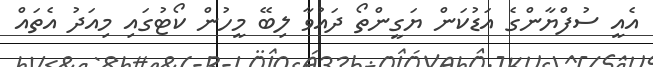
އެއީ ސުފްޔާންގެ އަޑުކަން ޔަގީންތޯ ދައުވާ ލިބޭ މީހުން ކޯޓުގައި މިއަދު އެތައް